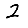
Digit: 2